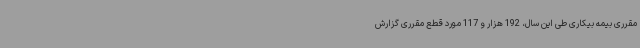
مقرری بیمه بیکاری طی این سال، 192 هزار و 117 مورد قطع مقرری گزارش